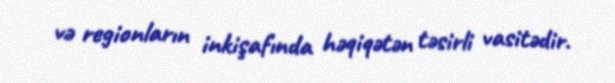
və regionların inkişafında həqiqətən təsirli vasitədir.